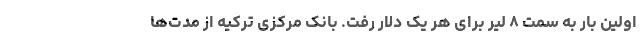
اولین بار به سمت ۸ لیر برای هر یک دلار رفت. بانک مرکزی ترکیه از مدت‌ها